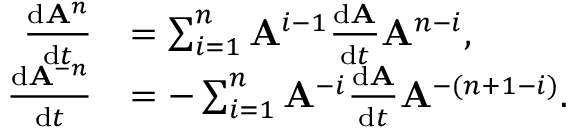
{ \begin{array} { r l } { { \frac { \mathrm { d } \mathbf { A } ^ { n } } { \mathrm { d } t } } } & { = \sum _ { i = 1 } ^ { n } \mathbf { A } ^ { i - 1 } { \frac { \mathrm { d } \mathbf { A } } { \mathrm { d } t } } \mathbf { A } ^ { n - i } , } \\ { { \frac { \mathrm { d } \mathbf { A } ^ { - n } } { \mathrm { d } t } } } & { = - \sum _ { i = 1 } ^ { n } \mathbf { A } ^ { - i } { \frac { \mathrm { d } \mathbf { A } } { \mathrm { d } t } } \mathbf { A } ^ { - ( n + 1 - i ) } . } \end{array} }